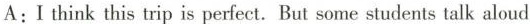
A: I think this trip is perfect. But some students talk aloud